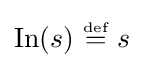
\operatorname {In} (s)~{\stackrel {\scriptscriptstyle {\text{def}}}{=}}~s